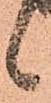
候